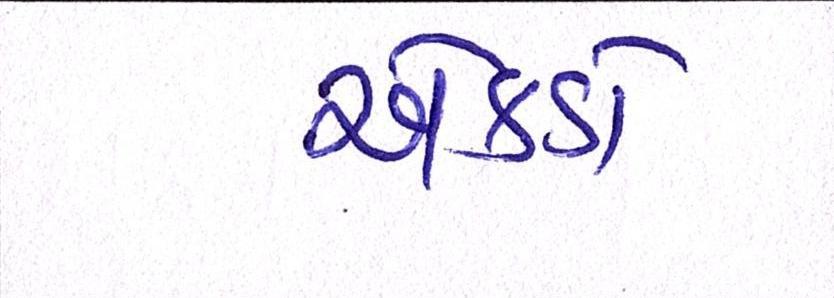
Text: એકડો